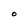
Character: O